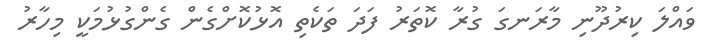
ވައްލަ ކިރުދޫނި މާރަނގަ ގުރާ ކޮތަރު ފަދަ ތަކެތި އޮޅުކޮށްގެން ގެންގުޅުމަކީ މިހާރު